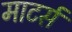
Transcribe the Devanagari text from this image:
माटर्स